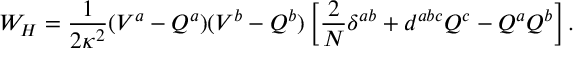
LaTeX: W _ { H } = \frac { 1 } { 2 \kappa ^ { 2 } } ( V ^ { a } - Q ^ { a } ) ( V ^ { b } - Q ^ { b } ) \left[ \frac { 2 } { N } \delta ^ { a b } + d ^ { a b c } Q ^ { c } - Q ^ { a } Q ^ { b } \right] .